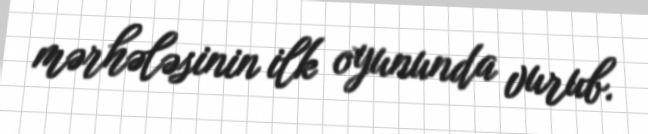
mərhələsinin ilk oyununda vurub.